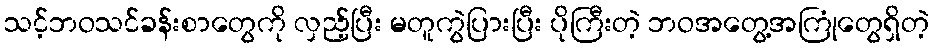
သင့်ဘဝသင်ခန်းစာတွေကို လှည့်ပြီး မတူကွဲပြားပြီး ပိုကြီးတဲ့ ဘဝအတွေ့အကြုံတွေရှိတဲ့